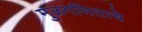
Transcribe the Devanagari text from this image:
मुळगणिताचे